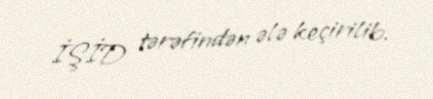
İŞİD tərəfindən ələ keçirilib.